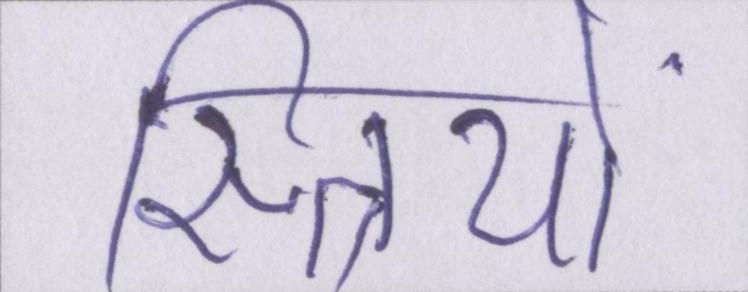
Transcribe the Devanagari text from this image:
स्त्रिायों